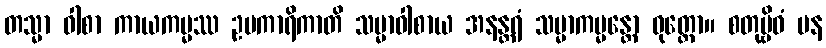
တသ္မာ ဝါစာ ကာယကမ္မဿ ဥပကာရိကာတိ သမ္မာဝါစာယ အနန္တရံ သမ္မာကမ္မန္တော ဝုတ္တော။ စတုဗ္ဗိဓံ ပန